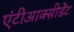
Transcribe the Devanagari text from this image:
एंटीआक्सीडेंट